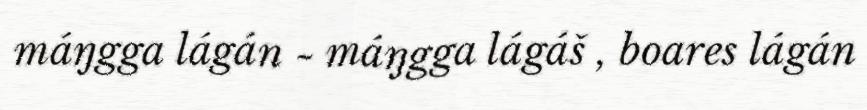
máŋgga lágán ~ máŋgga lágáš , boares lágán